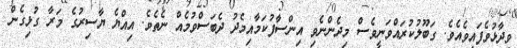
ވިދާޅުވެފައިވެއެވެ. ގަބޫލުކުރައްވަނީވެސް މިދެންނެވި އިންސާފުކަމާއިމެދު ދެބަސްވުމެއް ނެތެވެ. އިއްޔެ ޔާސިރުގެ މަރާ ގުޅިގެން